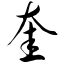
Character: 奎